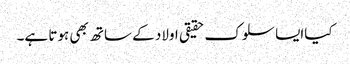
کیاایسا سلوک حقیقی اولاد کے ساتھ بھی ہوتا ہے۔